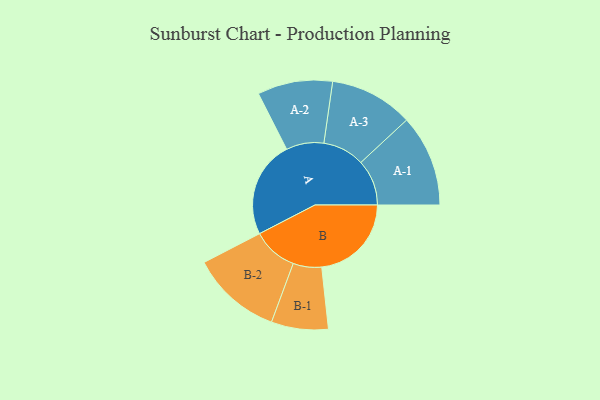
{"axis": {"x": "Segment", "y": "Value"}, "legend": ["", "A", "B"], "data": [{"x": "A", "y": 466, "type": ""}, {"x": "B", "y": 432, "type": ""}, {"x": "A-1", "y": 221, "type": "A"}, {"x": "A-2", "y": 181, "type": "A"}, {"x": "A-3", "y": 201, "type": "A"}, {"x": "B-1", "y": 137, "type": "B"}, {"x": "B-2", "y": 218, "type": "B"}]}